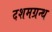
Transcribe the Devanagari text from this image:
दशमग्रन्थ